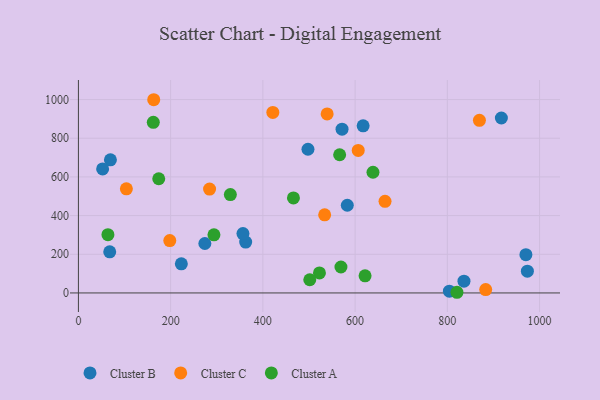
{"axis": {"x": "Study Hours", "y": "Rating"}, "legend": ["Cluster A", "Cluster B", "Cluster C"], "data": [{"x": "362.7", "y": 262.9, "type": "Cluster B"}, {"x": "497.8", "y": 743.0, "type": "Cluster B"}, {"x": "583.1", "y": 453.6, "type": "Cluster B"}, {"x": "69.4", "y": 688.6, "type": "Cluster B"}, {"x": "67.9", "y": 212.4, "type": "Cluster B"}, {"x": "274.2", "y": 255.6, "type": "Cluster B"}, {"x": "52.5", "y": 641.3, "type": "Cluster B"}, {"x": "617.4", "y": 863.9, "type": "Cluster B"}, {"x": "356.8", "y": 306.9, "type": "Cluster B"}, {"x": "836.1", "y": 61.1, "type": "Cluster B"}, {"x": "571.7", "y": 846.6, "type": "Cluster B"}, {"x": "970.4", "y": 197.9, "type": "Cluster B"}, {"x": "917.2", "y": 904.7, "type": "Cluster B"}, {"x": "223.2", "y": 150.5, "type": "Cluster B"}, {"x": "973.6", "y": 112.8, "type": "Cluster B"}, {"x": "804.5", "y": 9.0, "type": "Cluster B"}, {"x": "284.4", "y": 537.0, "type": "Cluster C"}, {"x": "539.4", "y": 925.5, "type": "Cluster C"}, {"x": "869.6", "y": 892.5, "type": "Cluster C"}, {"x": "163.3", "y": 999.1, "type": "Cluster C"}, {"x": "104.0", "y": 538.4, "type": "Cluster C"}, {"x": "883.2", "y": 17.7, "type": "Cluster C"}, {"x": "198.1", "y": 270.8, "type": "Cluster C"}, {"x": "606.8", "y": 737.1, "type": "Cluster C"}, {"x": "664.9", "y": 473.6, "type": "Cluster C"}, {"x": "534.0", "y": 404.2, "type": "Cluster C"}, {"x": "421.6", "y": 933.3, "type": "Cluster C"}, {"x": "638.8", "y": 624.0, "type": "Cluster A"}, {"x": "162.4", "y": 882.2, "type": "Cluster A"}, {"x": "621.6", "y": 88.7, "type": "Cluster A"}, {"x": "820.9", "y": 3.5, "type": "Cluster A"}, {"x": "174.2", "y": 590.6, "type": "Cluster A"}, {"x": "466.3", "y": 491.5, "type": "Cluster A"}, {"x": "522.7", "y": 103.7, "type": "Cluster A"}, {"x": "64.0", "y": 301.4, "type": "Cluster A"}, {"x": "566.5", "y": 714.6, "type": "Cluster A"}, {"x": "501.7", "y": 68.2, "type": "Cluster A"}, {"x": "569.3", "y": 134.1, "type": "Cluster A"}, {"x": "329.5", "y": 508.7, "type": "Cluster A"}, {"x": "293.9", "y": 300.8, "type": "Cluster A"}]}